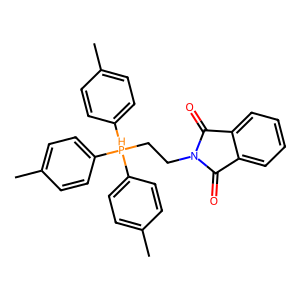
SMILES: Cc1ccc([PH](CCN2C(=O)c3ccccc3C2=O)(c2ccc(C)cc2)c2ccc(C)cc2)cc1
Inhibits HIV replication: No